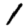
Digit: 1